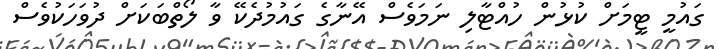
ގައުމީ ޓީމަށް ކުޅުން ހުއްޓާލި ނަމަވެސް އޭނާގެ ގައުމުދެކޭ ވާ ލޯތްބަކަށް ދުވަހަކުވެސް